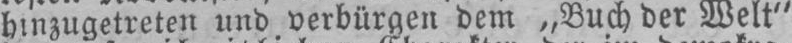
hinzugetreten und verbürgen dem „Buch der Welt“